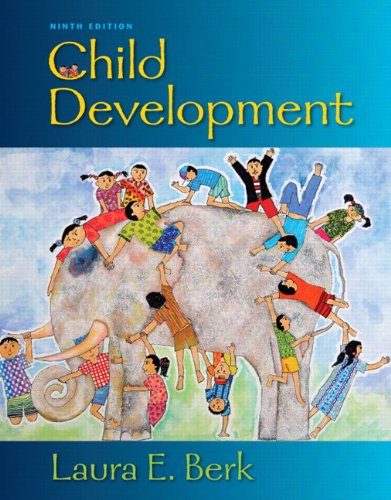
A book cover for Child Development (9th Edition); Laura E. Berk; Medical Books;